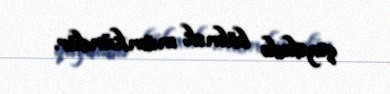
qaydada bölmək mümkündür.